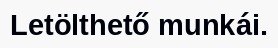
Letölthető munkái.